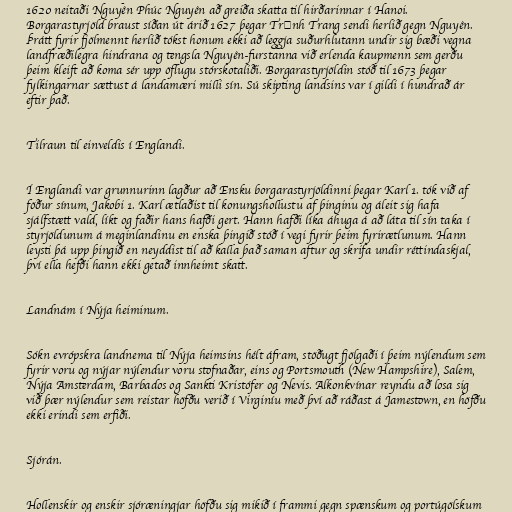
1620 neitaði Nguyễn Phúc Nguyên að greiða skatta til hirðarinnar í Hanoi.
Borgarastyrjöld braust síðan út árið 1627 þegar Trịnh Trang sendi herlið gegn Nguyên.
Þrátt fyrir fjölmennt herlið tókst honum ekki að leggja suðurhlutann undir sig bæði vegna
landfræðilegra hindrana og tengsla Nguyên-furstanna við erlenda kaupmenn sem gerðu
þeim kleift að koma sér upp öflugu stórskotaliði. Borgarastyrjöldin stóð til 1673 þegar
fylkingarnar sættust á landamæri milli sín. Sú skipting landsins var í gildi í hundrað ár
eftir það.

Tilraun til einveldis í Englandi.

Í Englandi var grunnurinn lagður að Ensku borgarastyrjöldinni þegar Karl 1. tók við af
föður sínum, Jakobi 1. Karl ætlaðist til konungshollustu af þinginu og áleit sig hafa
sjálfstætt vald, líkt og faðir hans hafði gert. Hann hafði líka áhuga á að láta til sín taka í
styrjöldunum á meginlandinu en enska þingið stóð í vegi fyrir þeim fyrirætlunum. Hann
leysti þá upp þingið en neyddist til að kalla það saman aftur og skrifa undir réttindaskjal,
því ella hefði hann ekki getað innheimt skatt.

Landnám í Nýja heiminum.

Sókn evrópskra landnema til Nýja heimsins hélt áfram, stöðugt fjölgaði í þeim nýlendum sem
fyrir voru og nýjar nýlendur voru stofnaðar, eins og Portsmouth (New Hampshire), Salem,
Nýja Amsterdam, Barbados og Sankti Kristófer og Nevis. Alkonkvínar reyndu að losa sig
við þær nýlendur sem reistar höfðu verið í Virginíu með því að ráðast á Jamestown, en höfðu
ekki erindi sem erfiði.

Sjórán.

Hollenskir og enskir sjóræningjar höfðu sig mikið í frammi gegn spænskum og portúgölskum